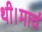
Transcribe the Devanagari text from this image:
थी।मार्च